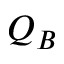
Q _ { B }